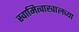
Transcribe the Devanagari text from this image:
स्वामित्वाखालच्या